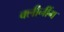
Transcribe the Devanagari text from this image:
क्लीनींग